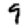
Digit: 9